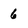
Character: 6